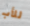
للأب